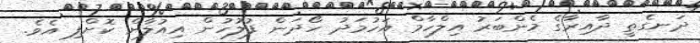
ދަނގެތީ ދާއިރާގެ މެންބަރު އިލްހާމް އަހުމަދު ހޯދަން ފުލުހުން އިއުލާން ކޮށްފި އެވެ.